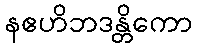
နဧဟိဘဒန္တိကော